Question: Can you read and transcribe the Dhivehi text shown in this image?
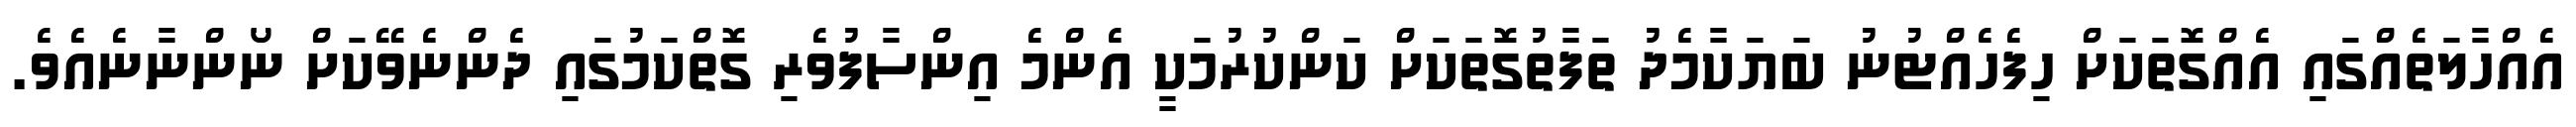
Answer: އެއްހާލަތެއްގައި އެއްގޮތަކަށް ހިފެހެއްޓުނު ބަޔަކާމެދު ތަފާތުގޮތަކަށް ކަންކުރުމަކީ އެންމެ އިންސާފުވެރި ގޮތްކަމުގައި ދެންނެވޭކަށް ނޯންނާނެއެވެ.